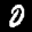
Label: 0